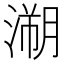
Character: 𱨉